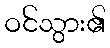
ဝင်သွား၏